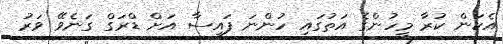
އެކަން ކުރާ މީހުންގެ އަތުގައި ހުންނަ ފައިސާ އަށް ޑްރަގް ގަނެވޭ ވަރު